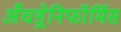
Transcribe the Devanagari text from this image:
अँचड्रेनिफॉर्मिस